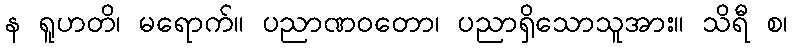
န ရူဟတိ၊ မရောက်။ ပညာဏဝတော၊ ပညာရှိသောသူအား။ သိရီ စ၊